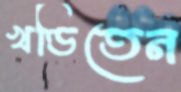
খণ্ডিতেন